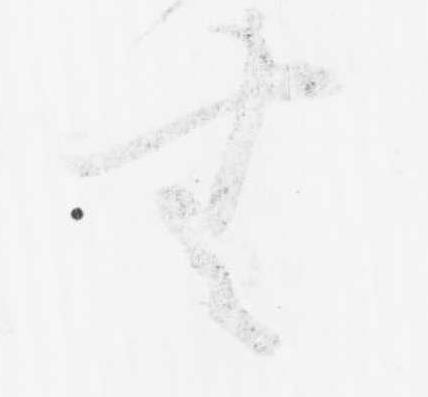
無